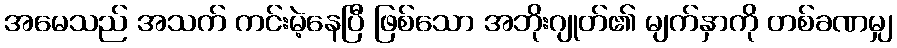
အမေသည် အသက် ကင်းမဲ့နေပြီ ဖြစ်သော အဘိုးဂျုတ်၏ မျက်နှာကို တစ်ခဏမျှ